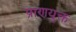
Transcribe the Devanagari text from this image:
प्राणयुक्त